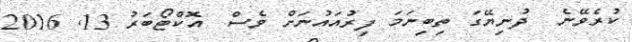
ކުރެވޭނެ  ދުނިޔޭގަ ތިބިނަމަ ފިރުއައުނަށް ވެސް  އޮކްޓޯބަރު 13